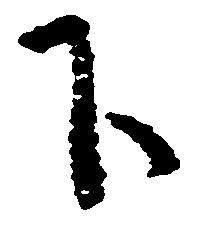
下